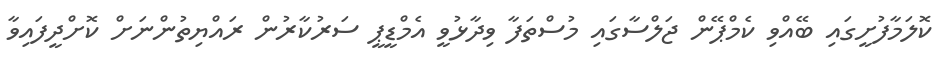
ކޮލަމާފުށީގައި ބޭއްވި ކެމްޕޭން ޖަލްސާގައި މުސްތަފާ ވިދާޅުވީ އެމްޑީޕީ ސަރުކާރުން ރައްޔިތުންނަށް ކޮށްދީފައިވާ